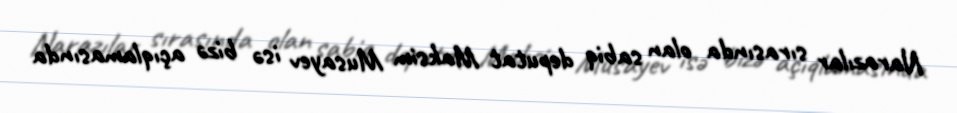
Narazılar sırasında olan sabiq deputat Maksim Musayev isə bizə açıqlamasında